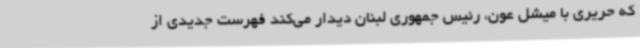
که حریری با میشل عون، رئیس جمهوری لبنان دیدار می‌کند فهرست جدیدی از